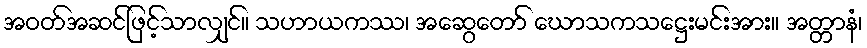
အဝတ်အဆင်ဖြင့်သာလျှင်။ သဟာယကဿ၊ အဆွေတော် ဃောသကသဋ္ဌေးမင်းအား။ အတ္တာနံ၊